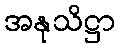
အနုသိဋ္ဌာ